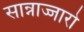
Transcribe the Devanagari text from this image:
सान्नाज्जारो